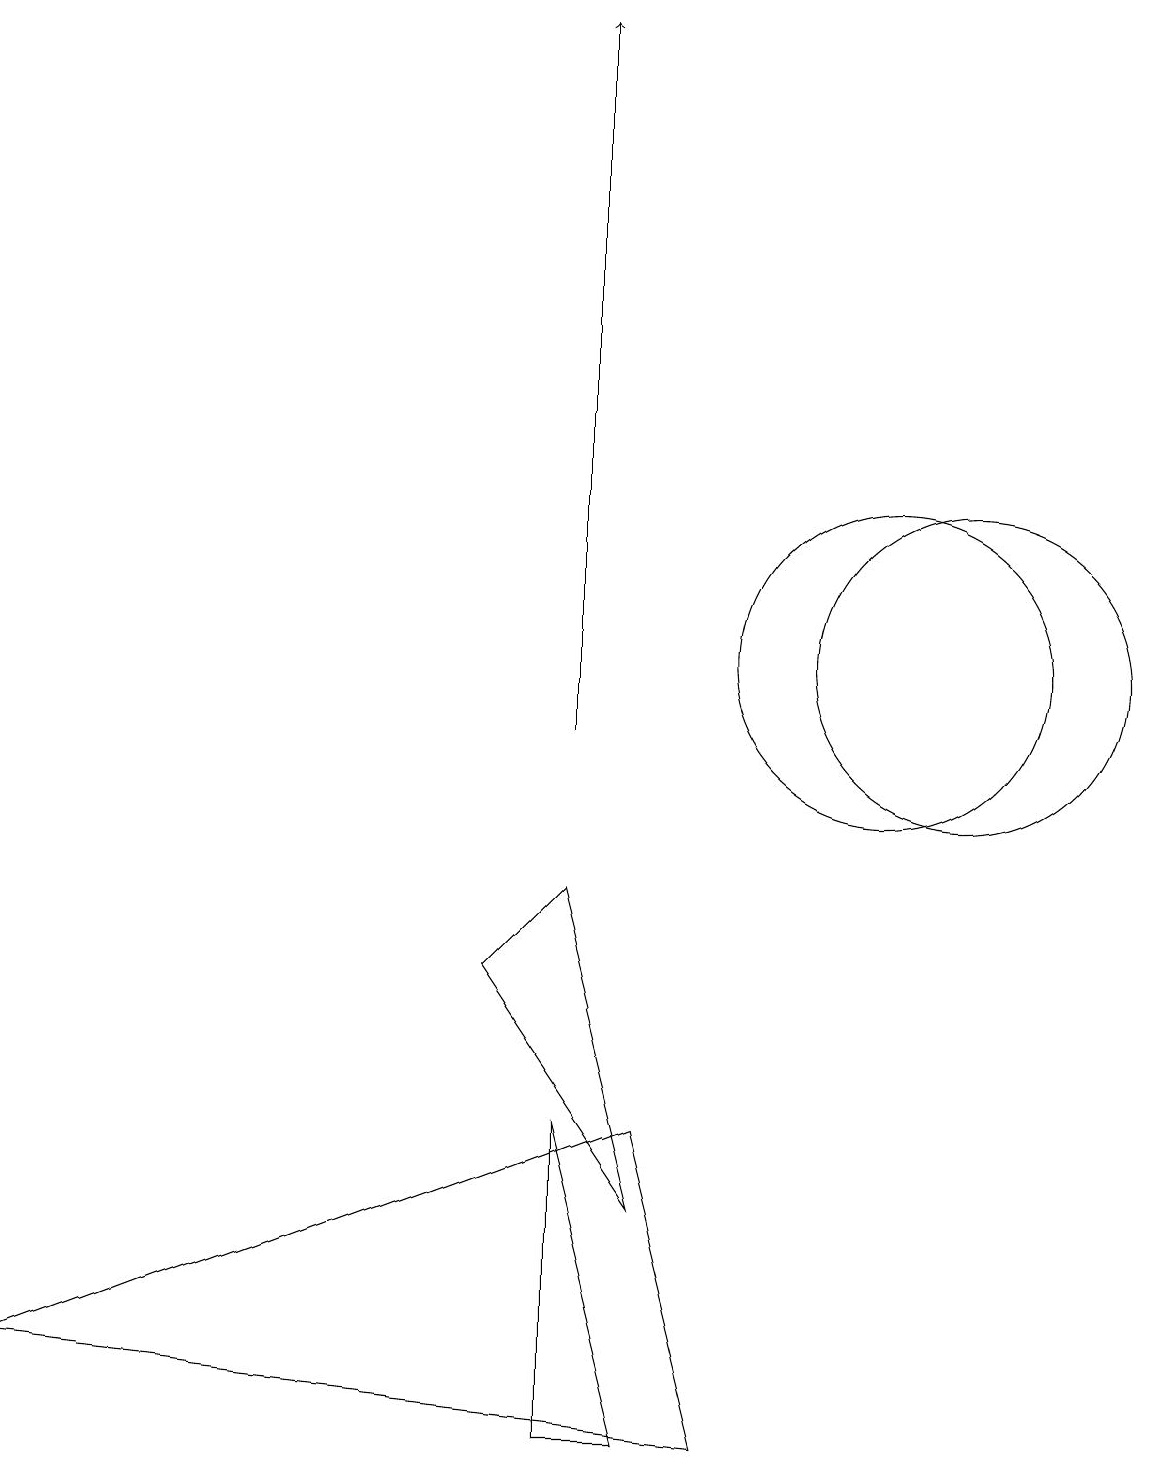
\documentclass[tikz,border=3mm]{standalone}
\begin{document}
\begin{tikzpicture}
\draw (8,4) -- (6,7) -- (7,8) -- cycle;
\draw (8,5) -- (0,2) -- (9,1) -- cycle;
\draw (12,11) circle (2);
\draw (8,1) -- (7,5) -- (7,1) -- cycle;
\draw (11,11) circle (2);
\draw[->] (7,10) -- (7,19);
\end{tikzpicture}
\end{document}